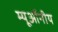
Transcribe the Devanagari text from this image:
म्यूऑनीय